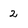
Character: 2